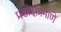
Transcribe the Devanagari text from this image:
प्रसादाप्रमाणे